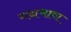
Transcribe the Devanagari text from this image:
गद्यभाषा